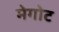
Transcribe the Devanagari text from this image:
मेगोट